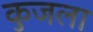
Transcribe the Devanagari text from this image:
कुजला